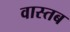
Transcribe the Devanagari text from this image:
वास्तब